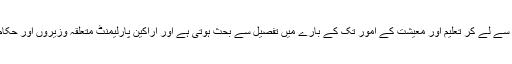
پھر اس کے علاوہ پارلیمانی کمیٹیوں کے اجلاس میں امور خارجہ سے لے کر تعلیم اور معیشت کے امور تک کے بارے میں تفصیل سے بحث ہوتی ہے اور اراکین پارلیمنٹ متعلقہ وزیروں اور حکام کو طلب کر سکتے ہیں اور ان کا کھل کر احتساب کر سکتے ہیں۔